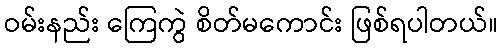
ဝမ်းနည်း ကြေကွဲ စိတ်မကောင်း ဖြစ်ရပါတယ်။